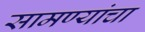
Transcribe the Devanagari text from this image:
सामण्यांचा